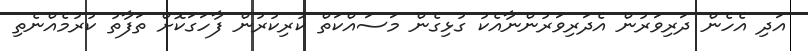
އަދި އެހެން ދަރިވަރުން އެދަރިވަރުންނާއެކު ގުޅިގެން މަސައްކަތް ކުރިކުރުން ފާހަގަކޮށް ތަފާތު ކުރުމެއްނެތި